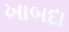
ખાબદા